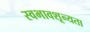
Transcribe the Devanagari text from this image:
स्वभावशून्यता